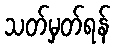
သတ်မှတ်ရန်